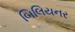
બિલિયનર